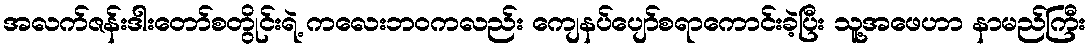
အလက်ဇန်းဒါးတော်စတွိုင်းရဲ့ ကလေးဘဝကလည်း ကျေနပ်ပျော်စရာကောင်းခဲ့ပြီး သူ့အဖေဟာ နာမည်ကြီး